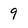
Character: 9